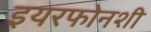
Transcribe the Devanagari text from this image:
इयरफोनशी